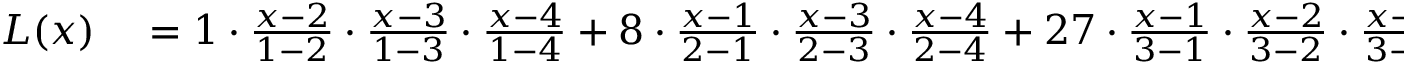
\begin{array} { r l } { L ( x ) } & { { } = { 1 } \cdot { \frac { x - 2 } { 1 - 2 } } \cdot { \frac { x - 3 } { 1 - 3 } } \cdot { \frac { x - 4 } { 1 - 4 } } + { 8 } \cdot { \frac { x - 1 } { 2 - 1 } } \cdot { \frac { x - 3 } { 2 - 3 } } \cdot { \frac { x - 4 } { 2 - 4 } } + { 2 7 } \cdot { \frac { x - 1 } { 3 - 1 } } \cdot { \frac { x - 2 } { 3 - 2 } } \cdot { \frac { x - 4 } { 3 - 4 } } + { 6 4 } \cdot { \frac { x - 1 } { 4 - 1 } } \cdot { \frac { x - 2 } { 4 - 2 } } \cdot { \frac { x - 3 } { 4 - 3 } } } \end{array}